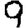
Digit: 9